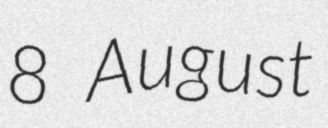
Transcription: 8 August